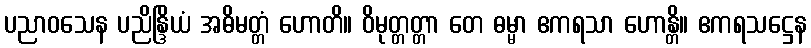
ပညာဝသေန ပညိန္ဒြိယံ အဓိမတ္တံ ဟောတိ။ ဝိမုတ္တတ္တာ တေ ဓမ္မာ ဧကရသာ ဟောန္တိ။ ဧကရသဋ္ဌေန